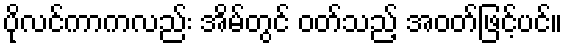
ပိုလင်ကာကလည်း အိမ်တွင် ဝတ်သည့် အဝတ်ဖြင့်ပင်။